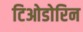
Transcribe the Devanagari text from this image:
टिओडोरिन